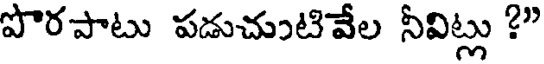
పొరపాటు పడుచుంటివేల నీవిట్లు ?"